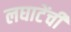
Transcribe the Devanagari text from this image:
लघाटेंची